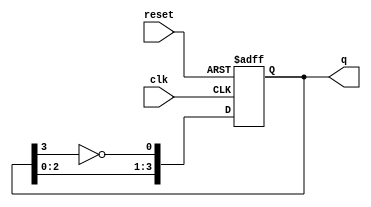
module johnson_counter (
    input wire clk,          // Clock input
    input wire reset,        // Asynchronous reset
    output reg [3:0] q       // 4-bit output for the counter
);

    // Asynchronous Johnson Counter Logic
    always @(posedge clk or posedge reset) begin
        if (reset) begin
            q <= 4'b0000;    // Reset the counter to initial state
        end else begin
            // Johnson counter logic
            q[0] <= ~q[3];    // Invert the last flip-flop output to the first
            q[1] <= q[0];     // Shift the output of the first flip-flop to the second
            q[2] <= q[1];     // Shift the output of the second flip-flop to the third
            q[3] <= q[2];     // Shift the output of the third flip-flop to the fourth
        end
    end

endmodule